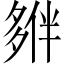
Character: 𡖱